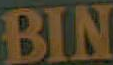
BIN